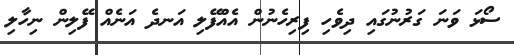
ސޯޅަ ވަނަ ގަރުނުގައި ދިވެހި ފިރިހެނުން އެއްފޭލި އަނދެ އަނެއް ފޭލިން ނިހާލި